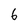
Character: 6